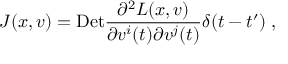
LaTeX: J ( x , v ) = \mathrm { D e t } \frac { \partial ^ { 2 } L ( x , v ) } { \partial v ^ { i } ( t ) \partial v ^ { j } ( t ) } \delta ( t - t ^ { \prime } ) \; ,